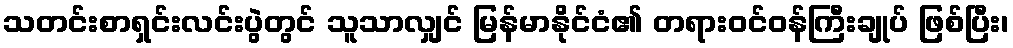
သတင်းစာရှင်းလင်းပွဲတွင် သူသာလျှင် မြန်မာနိုင်ငံ၏ တရားဝင်ဝန်ကြီးချုပ် ဖြစ်ပြီး၊